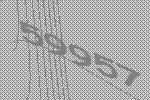
59957